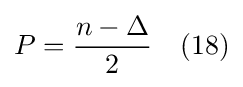
P={\frac {n-\Delta }{2}}\quad (18)